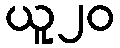
ယူ၂၀